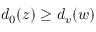
{ d _ { 0 } ( z ) \geq d _ { v } ( w ) }